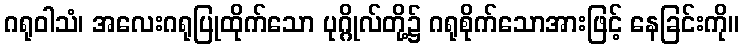
ဂရုဝါသံ၊ အလေးဂရုပြုထိုက်သော ပုဂ္ဂိုလ်တို့၌ ဂရုစိုက်သောအားဖြင့် နေခြင်းကို။